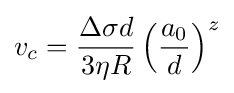
v_{c}={\frac {\Delta \sigma d}{3\eta R}}\left({\frac {a_{0}}{d}}\right)^{z}